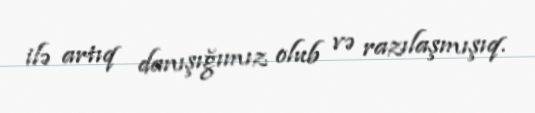
ilə artıq danışığımız olub və razılaşmışıq.